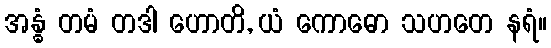
အန္ဓံ တမံ တဒါ ဟောတိ, ယံ ကောဓော သဟတေ နရံ။